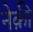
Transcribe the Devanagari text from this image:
नेक़ी